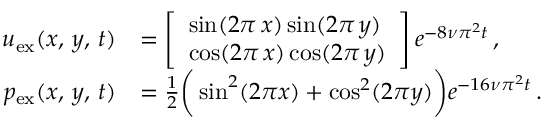
\begin{array} { r l } { \boldsymbol { u } _ { \mathrm { e x } } ( x , \, y , \, t ) } & { = \left[ \begin{array} { l } { \sin ( 2 \pi \, x ) \sin ( 2 \pi \, y ) } \\ { \cos ( 2 \pi \, x ) \cos ( 2 \pi \, y ) } \end{array} \right] e ^ { - 8 \nu \pi ^ { 2 } t } \, , } \\ { p _ { \mathrm { e x } } ( x , \, y , \, t ) } & { = \frac { 1 } { 2 } \bigg ( \sin ^ { 2 } ( 2 \pi x ) + \cos ^ { 2 } ( 2 \pi y ) \bigg ) e ^ { - 1 6 \nu \pi ^ { 2 } t } \, . } \end{array}